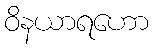
ဝိနယာရဟော